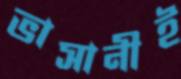
ভাসানীই